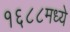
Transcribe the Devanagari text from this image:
१६८८मध्ये